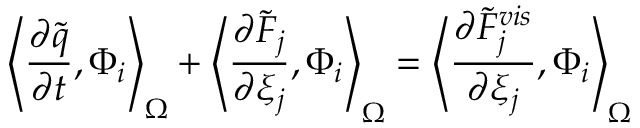
\left< \frac { \partial \tilde { q } } { \partial t } , \Phi _ { i } \right> _ { \Omega } + \left< \frac { \partial \tilde { F } _ { j } } { \partial \xi _ { j } } , \Phi _ { i } \right> _ { \Omega } = \left< \frac { \partial \tilde { F } _ { j } ^ { v i s } } { \partial \xi _ { j } } , \Phi _ { i } \right> _ { \Omega }